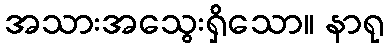
အသားအသွေးရှိသော။ နာရု